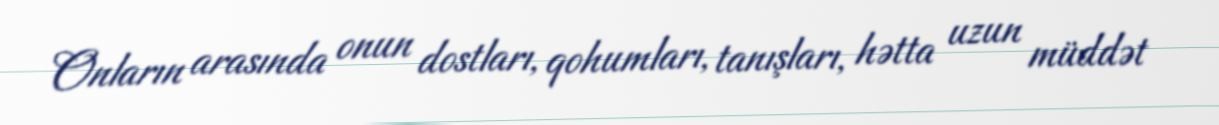
Onların arasında onun dostları, qohumları, tanışları, hətta uzun müddət